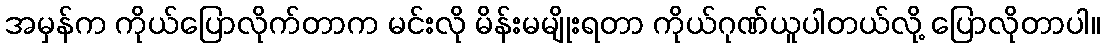
အမှန်က ကိုယ်ပြောလိုက်တာက မင်းလို မိန်းမမျိုးရတာ ကိုယ်ဂုဏ်ယူပါတယ်လို့ ပြောလိုတာပါ။